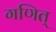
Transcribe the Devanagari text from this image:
गणित्